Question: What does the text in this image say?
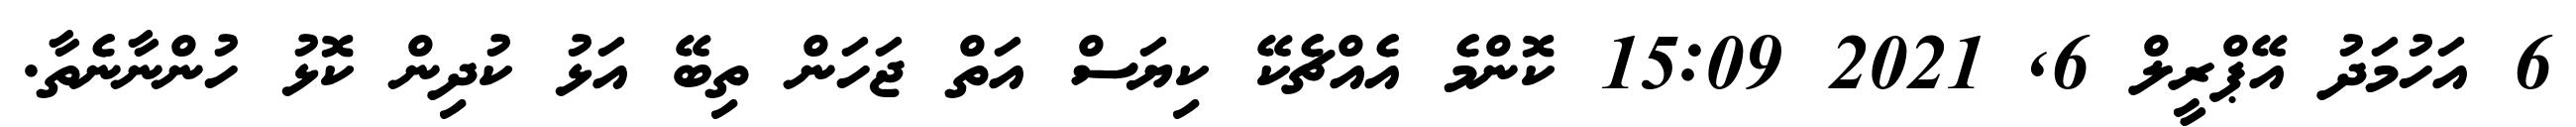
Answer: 6 އަހުމަދު އޭޕްރީލް 6, 2021 15:09 ކޮންމެ އެއްޗެކޭ ކިޔަސް އަތް ޖަހަން ތިބޭ އަޅު ކުދިން ކޮޅު ހުންނާނެތާ.